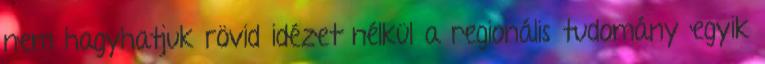
nem hagyhatjuk rövid idézet nélkül a regionális tudomány egyik